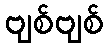
ဗျစ်ဗျစ်